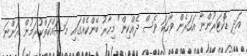
އަދި ޑޮކްޓަރުންނާ އަހަރެން ވާހަކަ ވެސް ދެއްކިން" މިހާރު ބޭންކެއްގައި މަސައްކަތްކުރަމުން އަންނަ